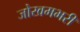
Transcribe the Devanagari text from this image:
जोखमभरी